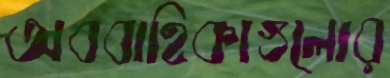
অববাহিকাগুলোর